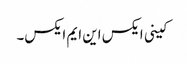
کینی ایکس این ایم ایکس۔